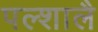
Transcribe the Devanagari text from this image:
पल्शालै